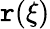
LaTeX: \mathtt{r}(\xi)